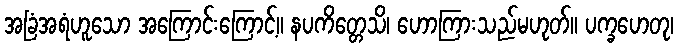
အခြံအရံဟူသော အကြောင်းကြောင့်။ နပကိတ္တေသိ၊ ဟောကြားသည်မဟုတ်။ ပက္ခဟေတု၊